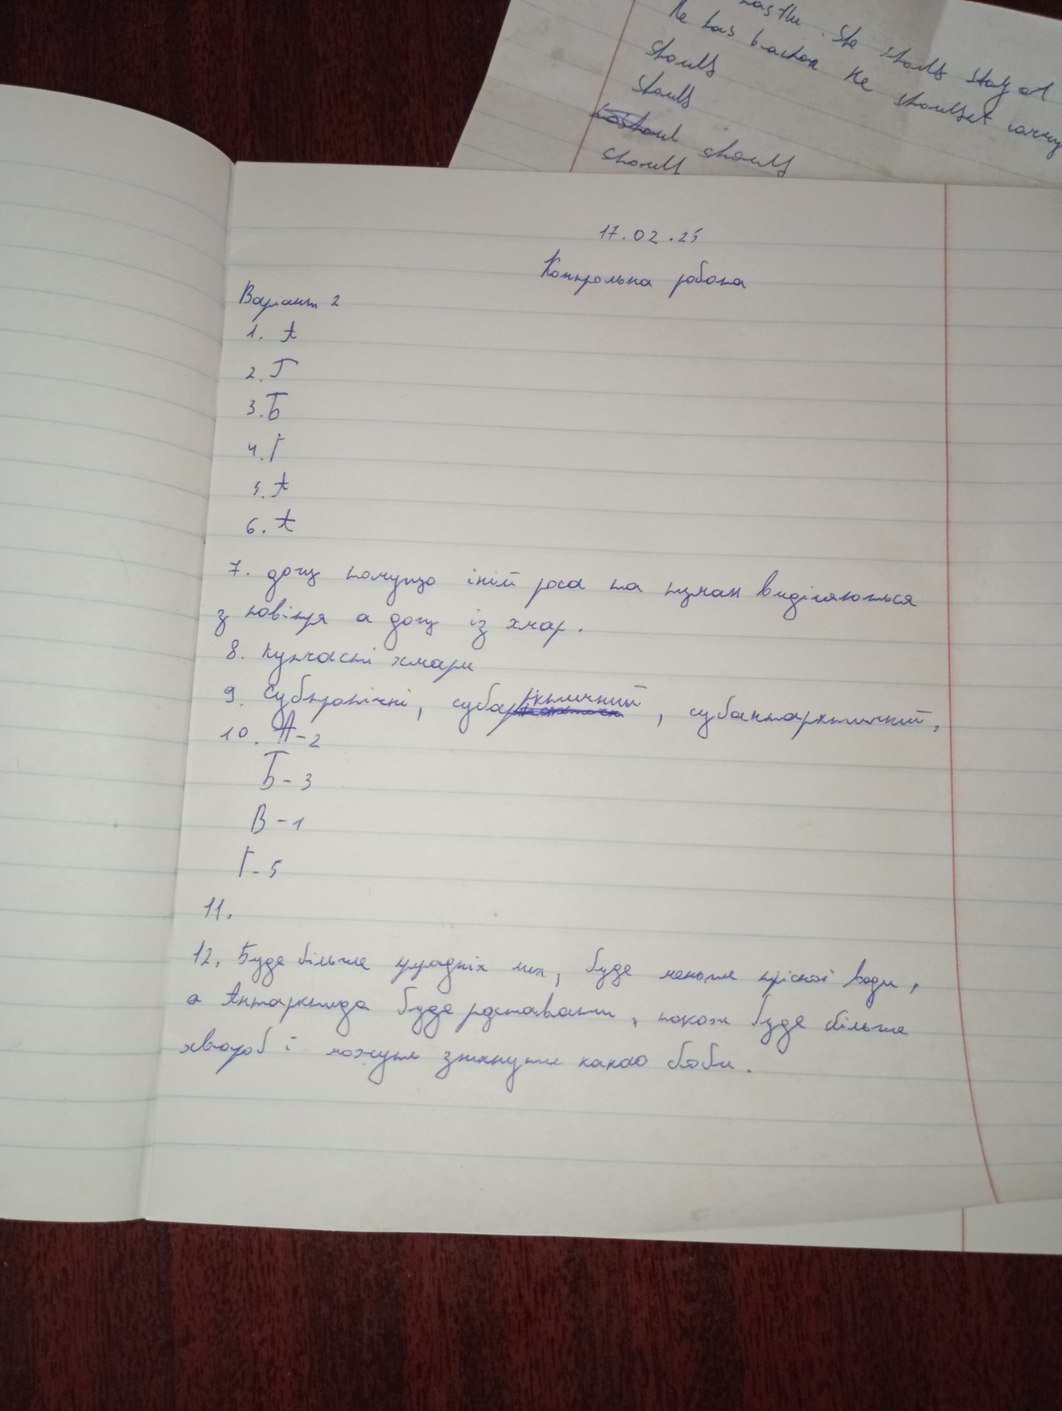
17.02.25
Контрольна робота
Варіант 2
1. А
2. Г
3. Б
4. Г
5. А
6. А
7. дощ томущо іній роса та туман виділяються
з повітря а дощ із хмар.
8. купчасті хмари
9. Субтропічні, суба~~[illegible]~~{рктичний}, субантарктичний,
10. А - 2
Б - 3
B-1
Г - 5
11.
12. Буде більше природніх лих, буде менше прісної води,
а Антарктида буде розтавати , також буде більше
хвороб і можуть зникнути какао боби.